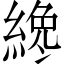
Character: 𦂯